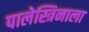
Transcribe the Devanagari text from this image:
पालेस्त्रिनाला